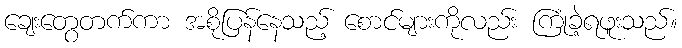
ချေးတွေတက်ကာ အစိုပြန်နေသည့် စောင်များကိုလည်း ကြုံခဲ့ရဖူးသည်။